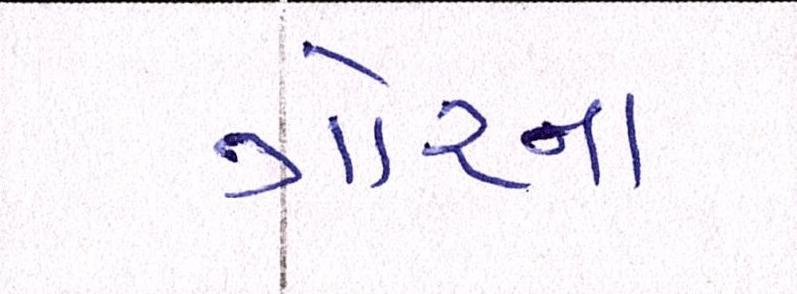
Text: ગોરના